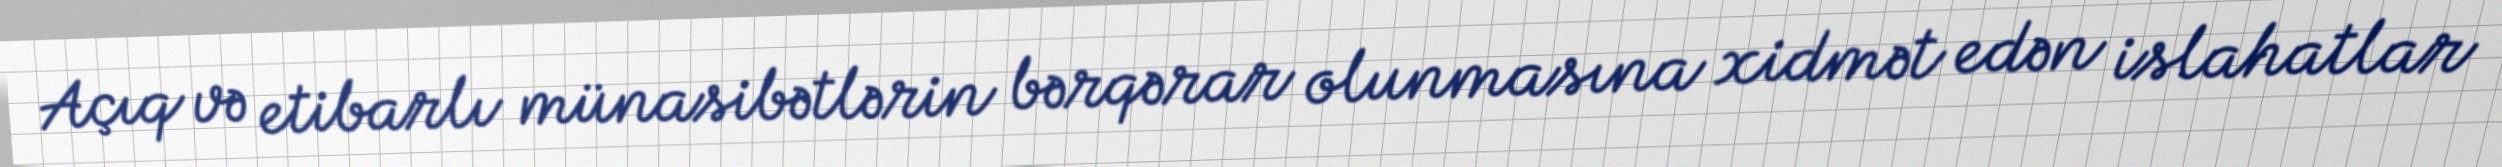
Açıq və etibarlı münasibətlərin bərqərar olunmasına xidmət edən islahatlar